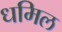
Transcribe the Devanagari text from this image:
धमिल